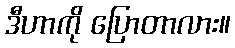
ဒီဟာကို ပြောတာလား။